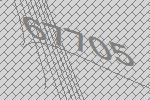
67705